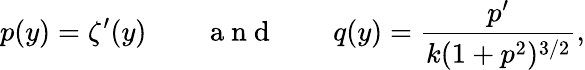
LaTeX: p(y)=\zeta^{\prime}(y)\qquad\mathrm{~a~n~d~}\qquad q(y)=\frac{p^{\prime}}{k(1+p^{2})^{3/2}},